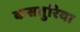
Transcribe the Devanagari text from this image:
कसतुरिया